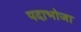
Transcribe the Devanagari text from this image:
पदाभोजा